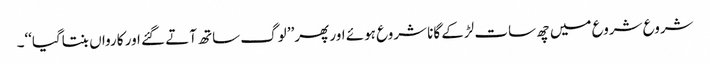
شروع شروع میں چھ سات لڑکے گانا شروع ہوئے اور پھر’’ لوگ ساتھ آتے گئے اور کارواں بنتاگیا‘‘۔